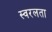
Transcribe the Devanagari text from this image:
स्वरलता